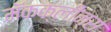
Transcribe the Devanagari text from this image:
मॅकक्लीन्स